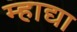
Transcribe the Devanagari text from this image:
म्हाद्या